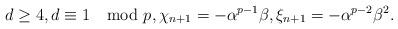
LaTeX: \begin{align*}d \ge 4, d \equiv 1 \mod p, \chi_{n+1} = - \alpha^{p-1}\beta,\xi_{n+1} = -\alpha^{p-2}\beta^2.\end{align*}